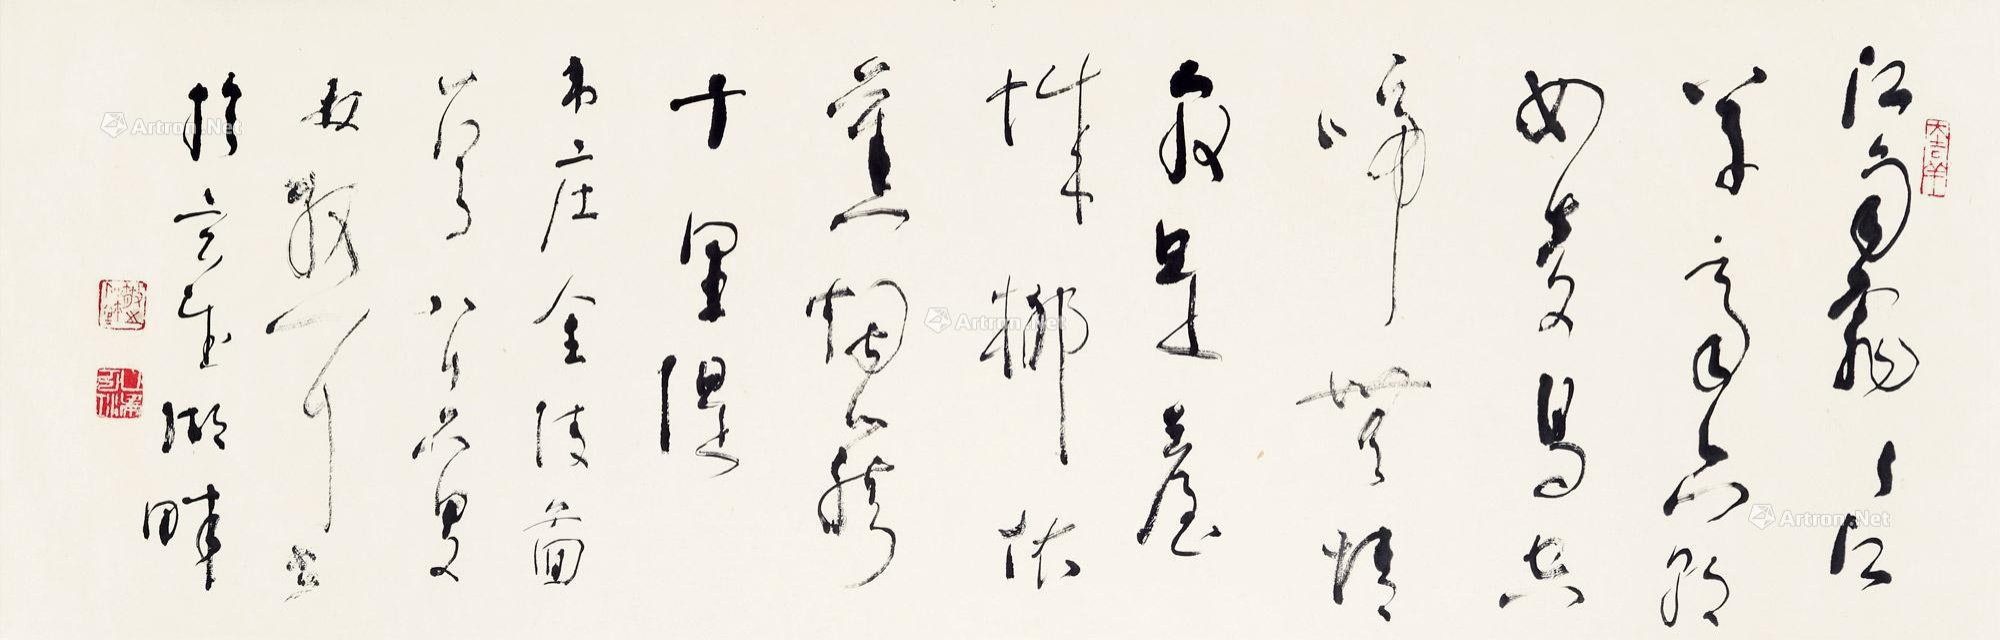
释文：江雨霏霏江草齐，六朝如梦鸟空啼。无情最是台城柳，依旧烟笼十里堤。韦庄金陵图一首，八十八叟林散耳。书于玄武湖畔。